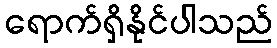
ရောက်ရှိနိုင်ပါသည်